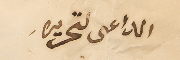
الدعى لتحريره.